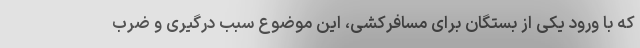
که با ورود یکی از بستگان برای مسافرکشی، این موضوع سبب درگیری و ضرب